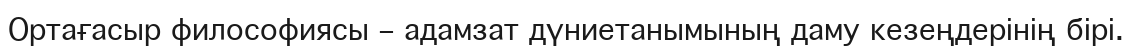
Ортағасыр философиясы – адамзат дүниетанымының даму кезеңдерінің бірі.